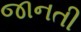
જાનતી